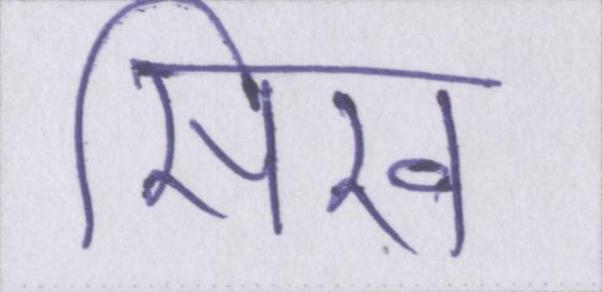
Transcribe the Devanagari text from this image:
सिख